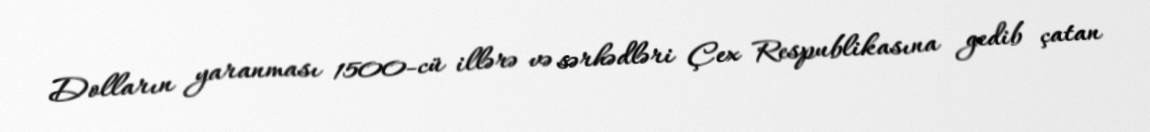
Dolların yaranması 1500-cü illərə və sərhədləri Çex Respublikasına gedib çatan